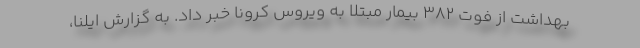
بهداشت از فوت ۳۸۲ بیمار مبتلا به ویروس کرونا خبر داد. به گزارش ایلنا،